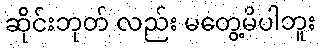
ဆိုင်းဘုတ် လည်း မတွေ့မိပါဘူး